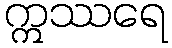
ဣဿရေ